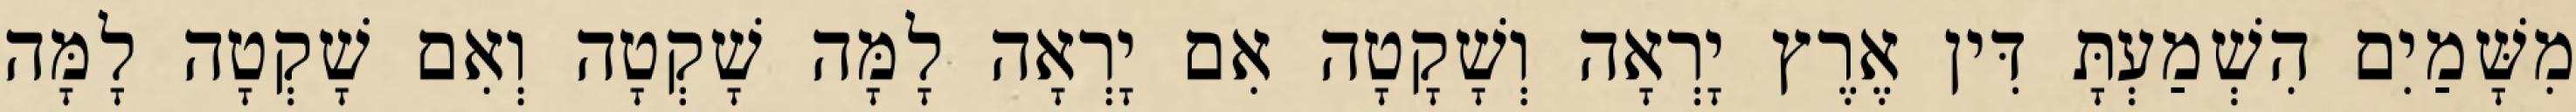
מִשָּׁמַיִם הִשְׁמַעְתָּ דִּין אֶרֶץ יָרְאָה וְשָׁקָטָה אִם יָרְאָה לָמָּה שָׁקְטָה וְאִם שָׁקְטָה לָמָּה